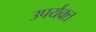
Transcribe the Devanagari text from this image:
उपर्यक्त